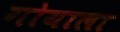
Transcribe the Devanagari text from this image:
गोयाला